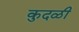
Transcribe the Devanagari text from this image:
कुदळी